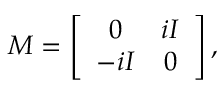
M = \left[ \begin{array} { c c } { { 0 } } & { { i I } } \\ { { - i I } } & { { 0 } } \end{array} \right] ,